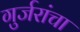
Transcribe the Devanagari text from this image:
गुर्जरांचा